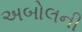
અબોલની